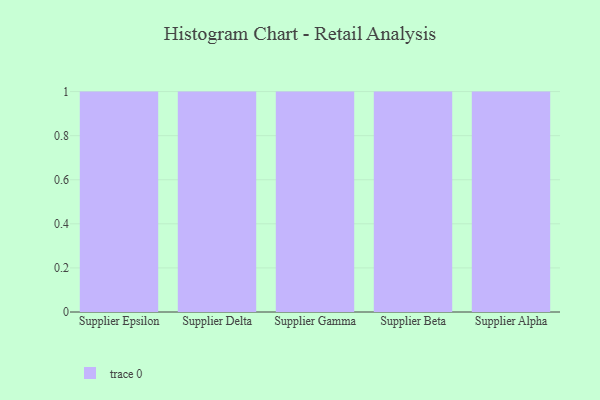
{"axis": {"x": "Supplier", "y": "Production Output"}, "legend": [""], "data": [{"x": "Supplier Epsilon", "y": 84, "type": ""}, {"x": "Supplier Delta", "y": 97, "type": ""}, {"x": "Supplier Gamma", "y": 90, "type": ""}, {"x": "Supplier Beta", "y": 24, "type": ""}, {"x": "Supplier Alpha", "y": 77, "type": ""}]}